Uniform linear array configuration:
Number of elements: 64
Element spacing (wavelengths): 0.25
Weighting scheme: exponential
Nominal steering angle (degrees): -30
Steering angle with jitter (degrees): -30.159
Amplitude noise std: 0.05
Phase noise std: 0.05

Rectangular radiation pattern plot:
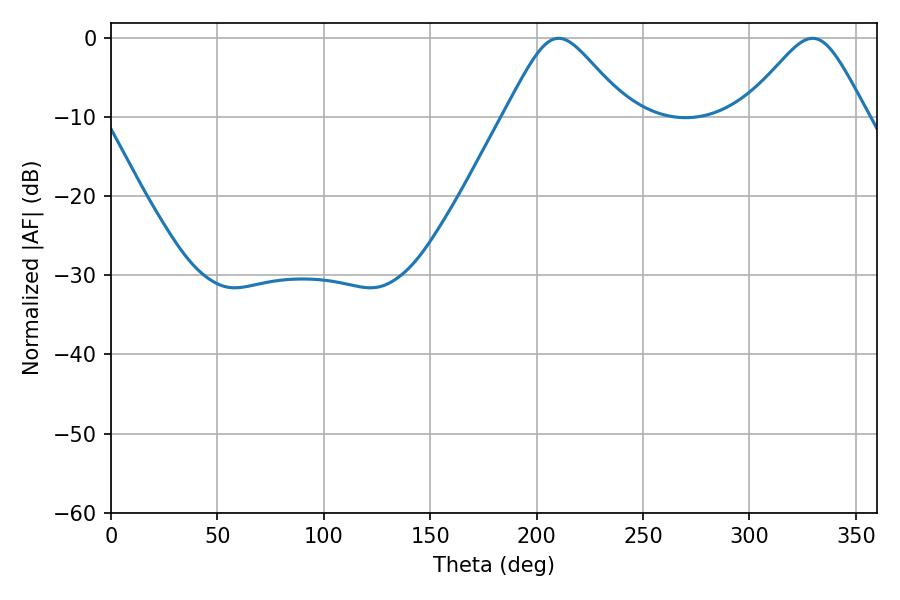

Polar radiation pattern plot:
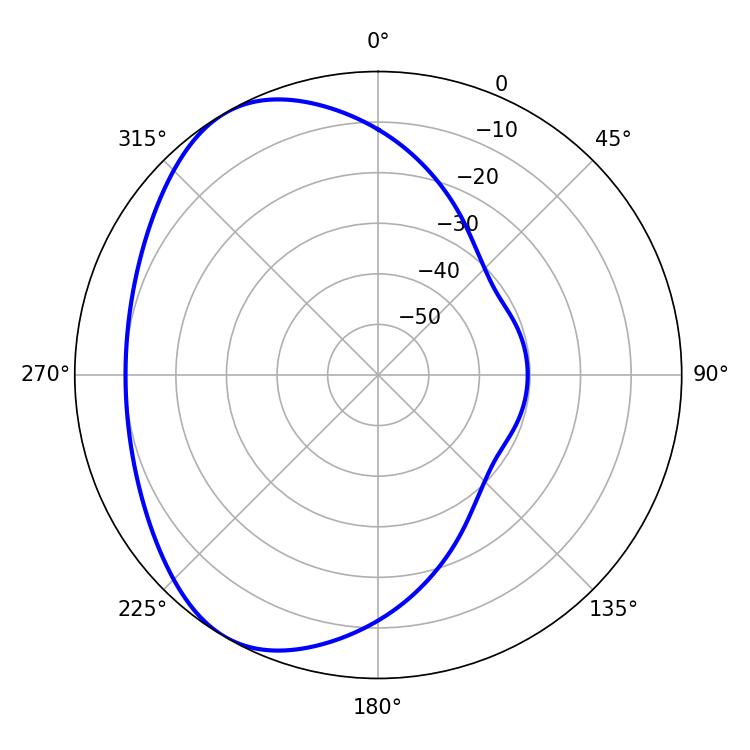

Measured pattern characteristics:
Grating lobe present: FALSE
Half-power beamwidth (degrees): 27.9
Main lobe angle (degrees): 210.42